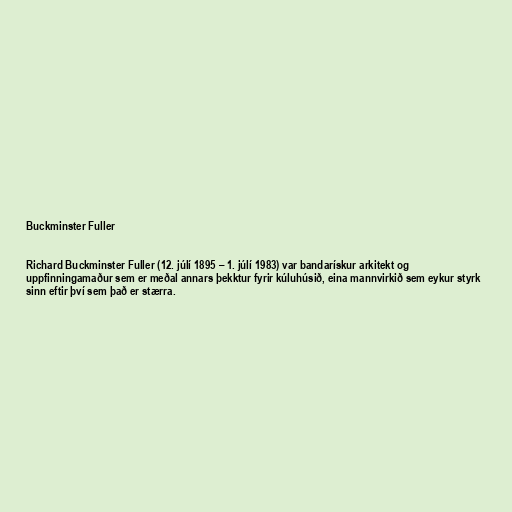
Buckminster Fuller

Richard Buckminster Fuller (12. júlí 1895 – 1. júlí 1983) var bandarískur arkitekt og
uppfinningamaður sem er meðal annars þekktur fyrir kúluhúsið, eina mannvirkið sem eykur styrk
sinn eftir því sem það er stærra.